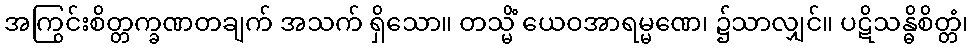
အကြွင်းစိတ္တက္ခဏတချက် အသက် ရှိသော။ တသ္မိံ ယေဝအာရမ္မဏေ၊ ၌သာလျှင်။ ပဋိသန္ဓိစိတ္တံ၊